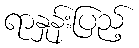
ရာနှုန်းပြည့်